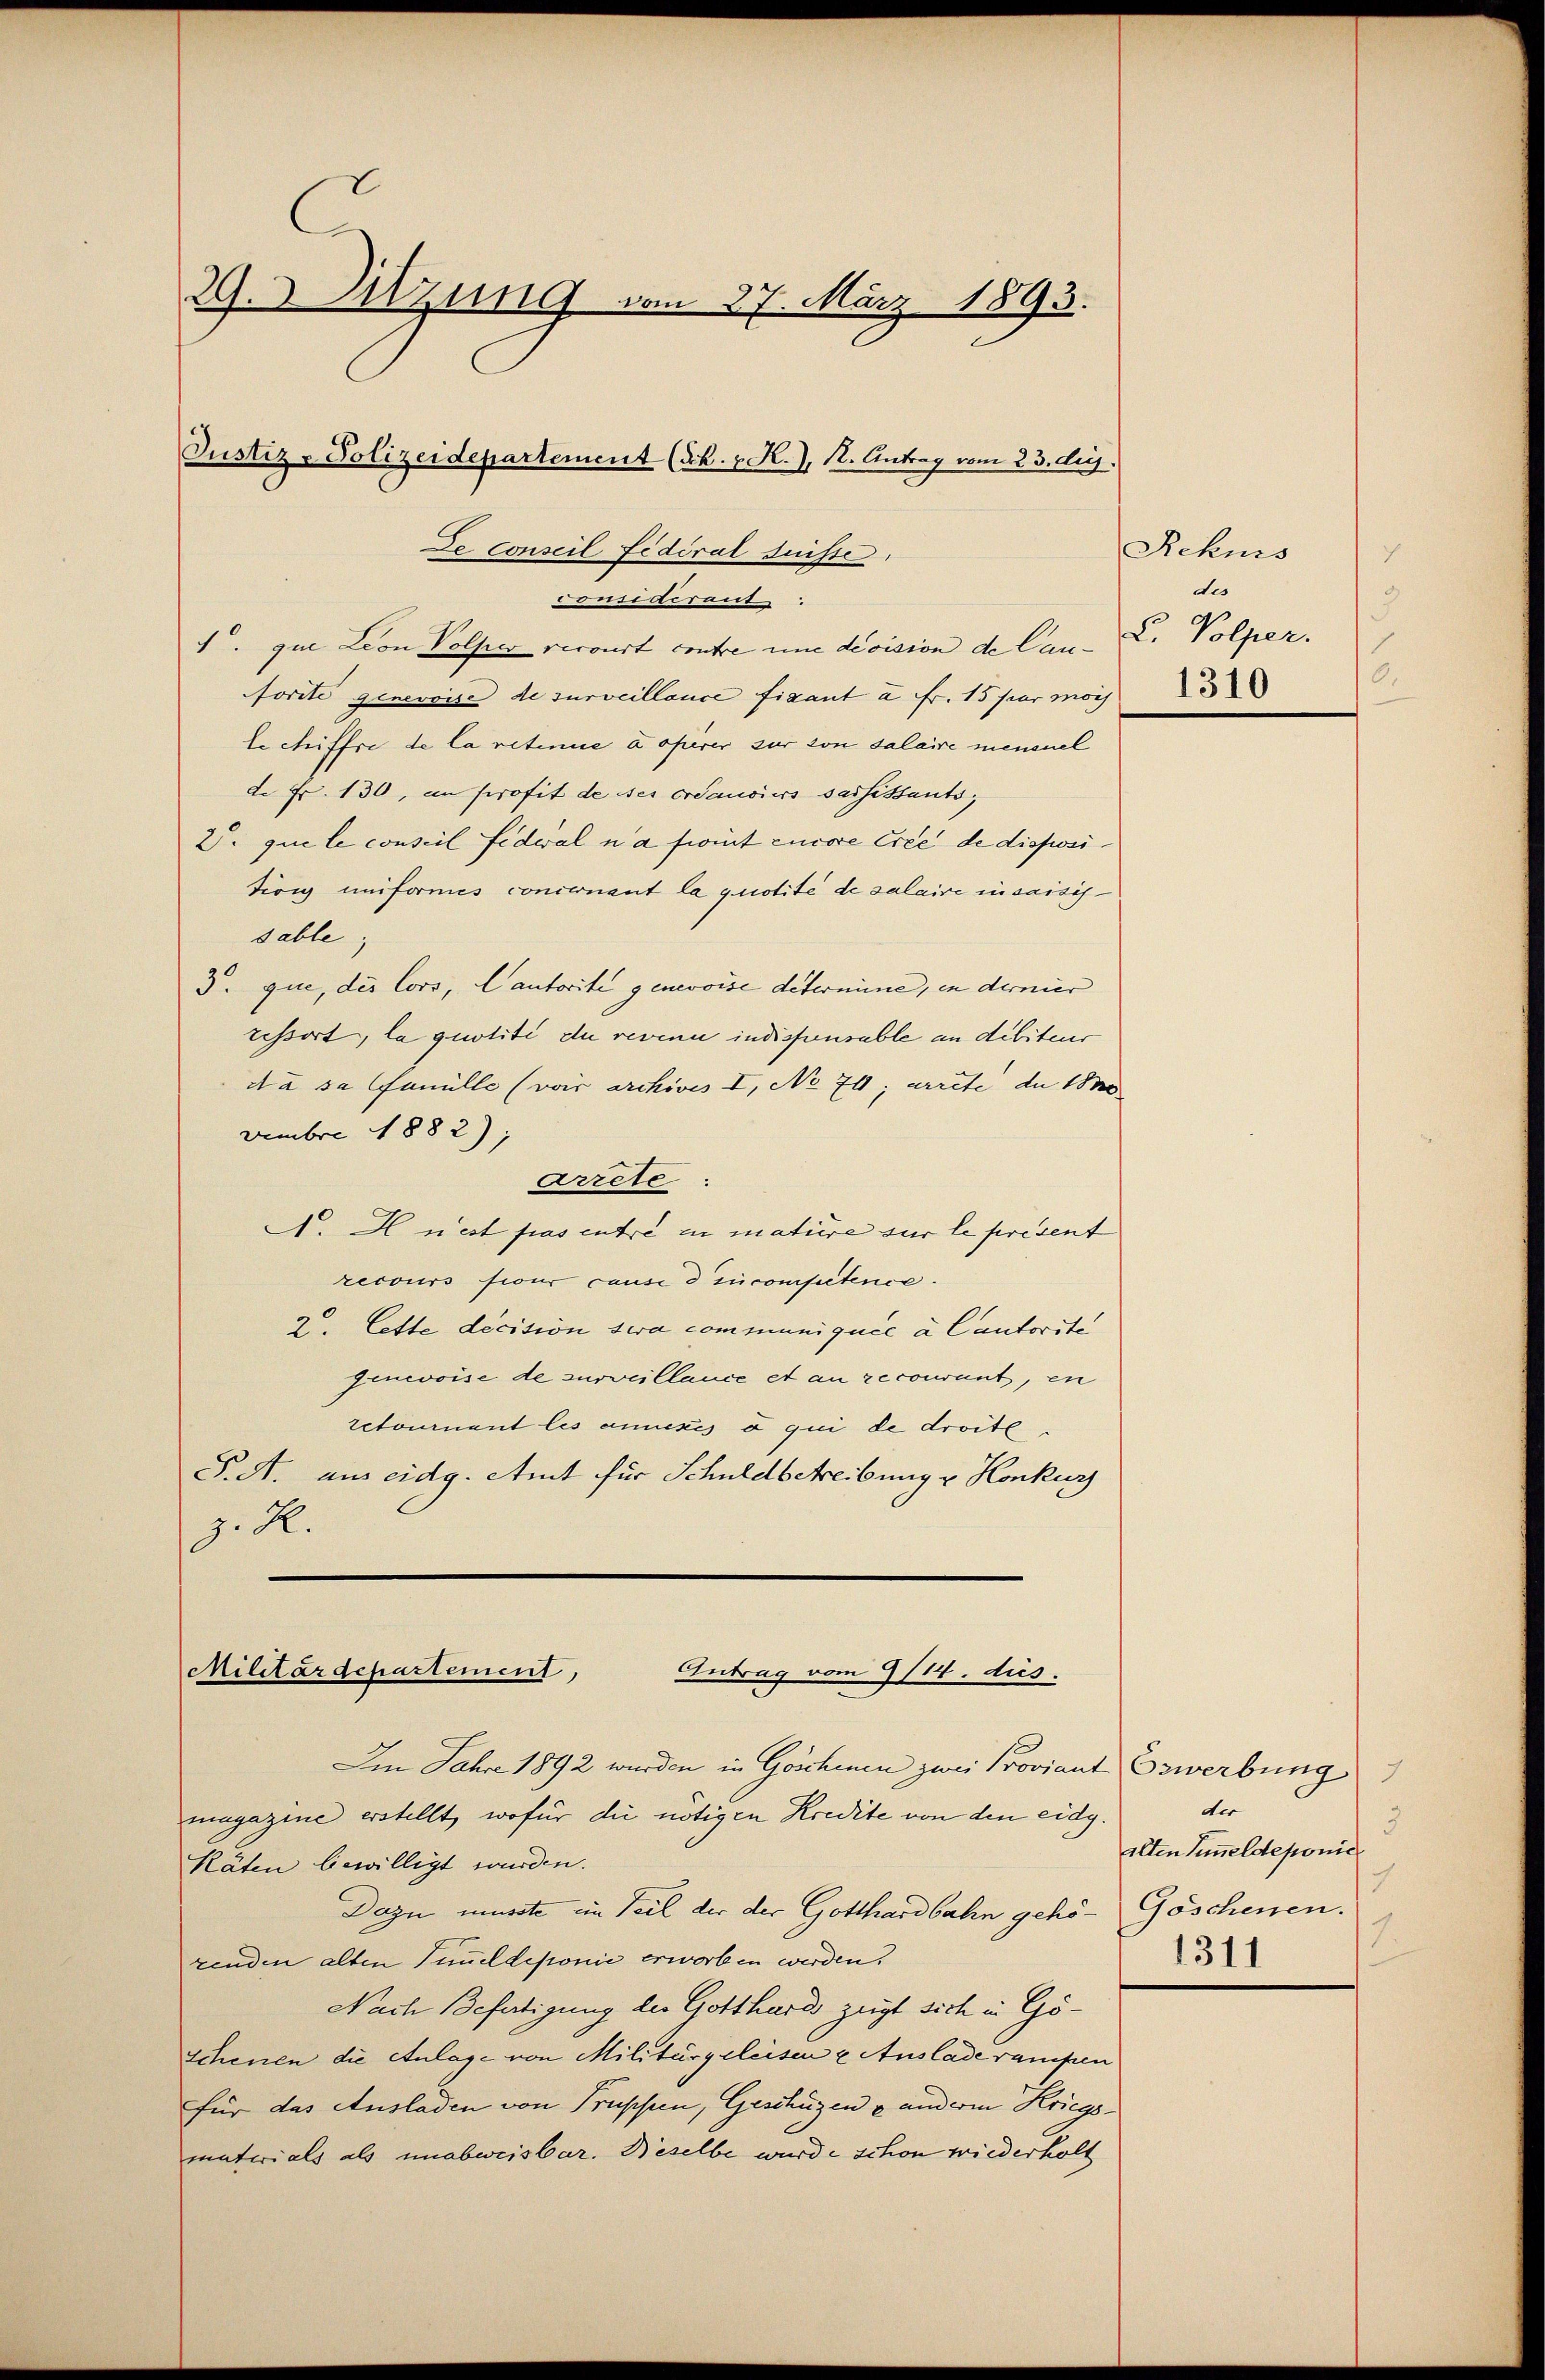
29. Sitzung vom 27. März 1893.
Justiz-Polizeidepartement (Sch. v. R.), 12. Antrag vom 23. huj.

De Conseil fédéral suisse.

Militärdepartement,
Antrag vom 9/14. dus.

considirent
. que Lion Volper recourt contre une division de Can-
forite genevoise de surveillance fisant à Fr. 15 per moch
Lechiffre de la retinue à operer zur von salaire mensel
d. Fr. 130, in profit de ses créanciers sassistants,
2. que le conseil fideal na fiirt encore Cree de dispositirig uniformes concernant la quotité de salaire in saisisdable.
3. que, des Cors, Cantorite genevoise determine, in dernier
ressort, la quotité du revenu indisponsable an debiteur
da sa famille (voir archives I, No 70; arrete de 183
vembre 1882);
Arrete
N. H nest pas entre in mature sur le présent
recours four cause d incompetence.
2. Cette decision sera communiquée à Cantorite
genevoise de surveillance et an recourant, en
retournent les annexés à qui de droite
S. A. aus eidg. Amt für Schuldbetreibung u. Honkurs
z. R.

Rekurs
7
des
9
.
L. Volper.
0.
1310

Im Jahre 1892 wurden in Goschien zwei Proviant Erwerbung
magazine erstellt, wofür die nötigen Kredite von den eidg.
Räten bewilligt wurden.
Dazu müsste ein Teil der der Gotthardbahn gehö- Göschenen.
renden alten Simmeldeponie erworben werden.
Nach Befertigung des Gotthards zeigt sich in Göschenen die Anlage von Militärgeleisen & Auslade rampen
für das Ausladen von Truppen, Geschüzen & anderm Kriegsmaterials als unabweisbar. Beselbe wurde schon wiederholt

der
3
alten Semeldeponie
1.
1311